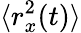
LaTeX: \langle r_{x}^{2}(t)\rangle